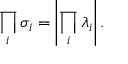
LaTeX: { \prod _ { i } \sigma _ { i } } = \left| { \prod _ { i } \lambda _ { i } } \right| .